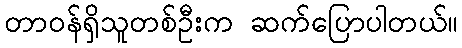
တာဝန်ရှိသူတစ်ဦးက ဆက်ပြောပါတယ်။